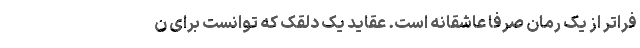
فراتر از یک رمان صرفا عاشقانه است. عقاید یک دلقک که توانست برای ن